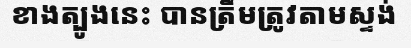
ខាងត្បូងនេះ បានត្រឹមត្រូវតាមស្ទង់